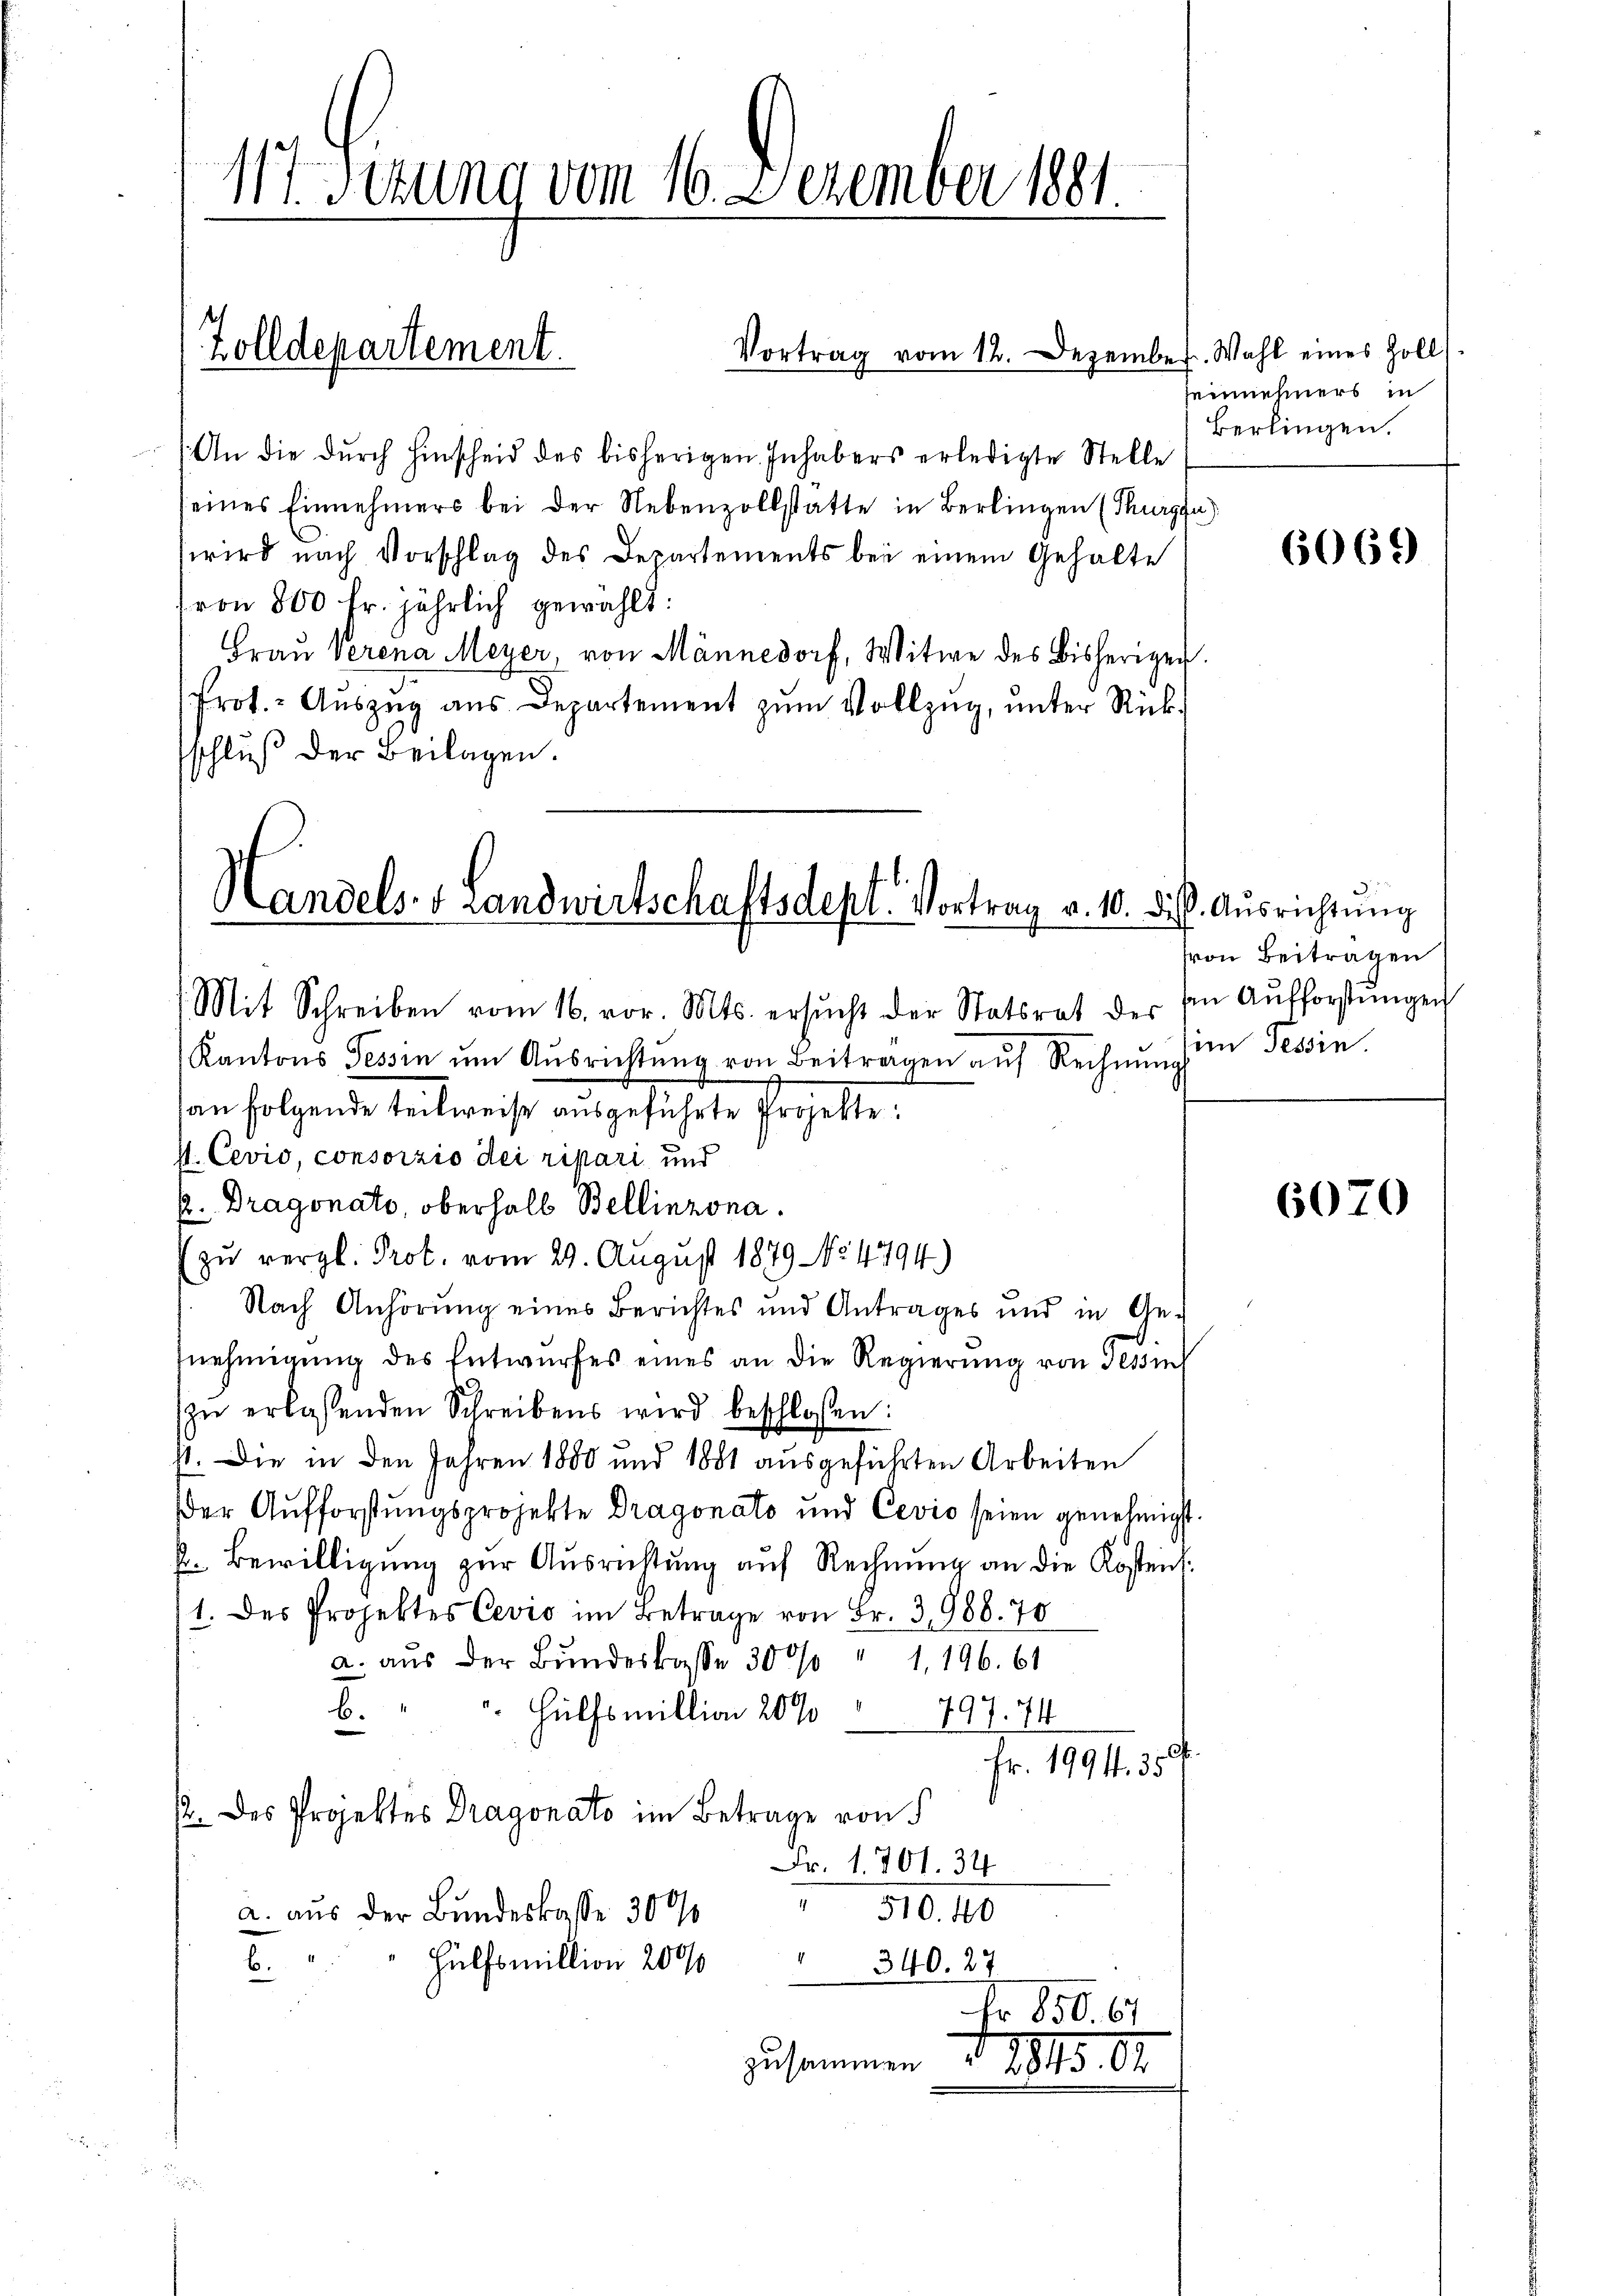
117. Sezung vom 16. Dezember 1881

An die dŭrch Hinscheid des bisherigen Inhabers erledigte Stelle
seines Einnehmers bei der Nebenzollstatte in Berlingen (Thurgau)
wird nach Vorschlag des Departements bei einem Gehalte
von 800 fr. jährlich gewählt:
Fraŭ Verena Meyer, von Männedorf, Witwe des Bisherigen.
Prot.- Aŭszŭg aŭs Departement zŭm Vollzŭg, ŭnter Rück-
schluß der Beilagen.

Zolldepartement.

Kantons Tessin ŭm Aŭsrichtŭng von Beitragen aŭf Rechnŭng
an folgende Einbereise ausgeführte Propelte.
st. Cevio, consorzio dei ripari und
P. Dragonato, oberhalb Bellinzona.
zu vergl. Prot. vom 29. August 1879 No 4794.)
Nach Anhörung eines Berichtes und Antrages und in Ge-
nehmigŭng des Entwurfes eines an die Regierŭng von Sessi
zŭ erlassenden Schreibens wird beschlossen:
st. Die in den Jahren 1880 und 1881 ausgeführten Arbeiten
Der Aufforstungsprojekte Dragonato und Cevio seien genehmigt.
p. Bewilligung zur Ausrichtung auf Rechnung an die Kosten¬
1. des Projektes Cević im Betrage von Fr. 3, 988. 70
a. aus der Bundeskasse 300 " 1. 196. 61
. Hülfsmillion 20%
8.
797. 74
.
Fr. 1994. 35
2. des Projektes Dragonato im Betrage von
Fr. 1. 801. 34
510. 100
a. aus der Bundeskasse 300
Hülfsmillion 2000
340. 27
.
Fr 850. 61
zusammen
1813. 11.

Vortrag vom 12. Dezember. Wahl eines Zoll

Handels- & Landwirtschaftsdepl. Vortrag v. 10. Frk. Ausrichtung
Mit Schreiben vom 16. vor. Mts. ersŭcht der Statsrat der in Aŭfforstŭngen

Zeinnehmers in
Berlingen.

6069)

von Beitragen
im Tessin

6070